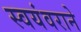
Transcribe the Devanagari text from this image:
स्वयंवराने